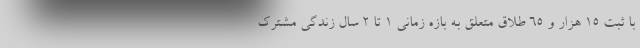
با ثبت ۱۵ هزار و ۶۵ طلاق متعلق به بازه زمانی ۱ تا ۲ سال زندگی مشترک